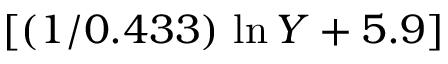
[ ( 1 / 0 . 4 3 3 ) \, \ln { Y } + 5 . 9 ]